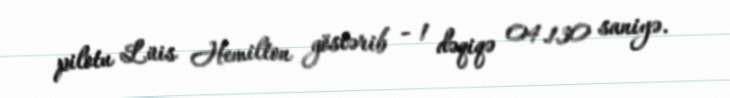
pilotu Lüis Hemilton göstərib - 1 dəqiqə 04.130 saniyə.